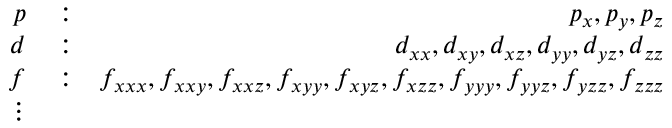
\begin{array} { r l r } { p } & { { } : } & { p _ { x } , p _ { y } , p _ { z } } \\ { d } & { { } : } & { d _ { x x } , d _ { x y } , d _ { x z } , d _ { y y } , d _ { y z } , d _ { z z } } \\ { f } & { { } : } & { f _ { x x x } , f _ { x x y } , f _ { x x z } , f _ { x y y } , f _ { x y z } , f _ { x z z } , f _ { y y y } , f _ { y y z } , f _ { y z z } , f _ { z z z } } \\ { \vdots } \end{array}